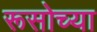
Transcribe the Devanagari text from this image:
रूसोच्या